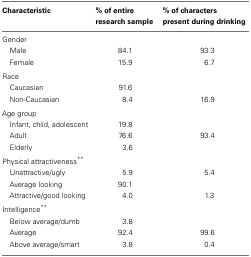
<table><thead><tr><td><b>Characteristic</b></td><td><b>% of entire research sample</b></td><td><b>% of characters present during drinking</b></td></tr></thead><tbody><tr><td>Gender</td></tr><tr><td> Male</td><td>84.1</td><td>93.3</td></tr><tr><td> Female</td><td>15.9</td><td>6.7</td></tr><tr><td>Race</td></tr><tr><td> Caucasian</td><td>91.6</td><td>[EMPTY_CELL]</td></tr><tr><td> Non-Caucasian</td><td>8.4</td><td>16.9</td></tr><tr><td>Age group</td></tr><tr><td> Infant, child, adolescent</td><td>19.8</td><td>[EMPTY_CELL]</td></tr><tr><td> Adult</td><td>76.6</td><td>93.4</td></tr><tr><td> Elderly</td><td>3.6</td><td>[EMPTY_CELL]</td></tr><tr><td>Physical attractiveness**</td></tr><tr><td> Unattractive/ugly</td><td>5.9</td><td>5.4</td></tr><tr><td> Average looking</td><td>90.1</td><td>[EMPTY_CELL]</td></tr><tr><td> Attractive/good looking</td><td>4.0</td><td>1.3</td></tr><tr><td>Intelligence**</td></tr><tr><td> Below average/dumb</td><td>3.8</td><td>[EMPTY_CELL]</td></tr><tr><td> Average</td><td>92.4</td><td>99.6</td></tr><tr><td> Above average/smart</td><td>3.8</td><td>0.4</td></tr></tbody></table>